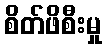
စိတ်ဖိစီးမှု